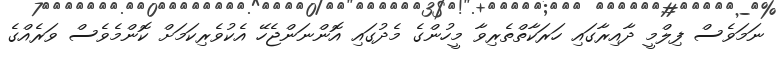
ނަމަވެސް ފިލްމީ ދާއިރާގައި ހަރަކާތްތެރިވާ މީހުންގެ މެދުގައި އޮންނަންޖެހޭ އެކުވެރިކަމަށް ކޮންމެވެސް ވަރެއްގެ